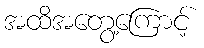
အထိအတွေ့ကြောင့်